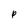
Character: p